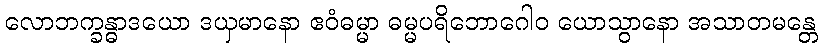
လောဘက္ခန္ဓာဒယော ဒယှမာနော ဧဝံဓမ္မာ ဓမ္မပရိဘောဂေါဝ ယောသွာနော အသာတမန္တေ